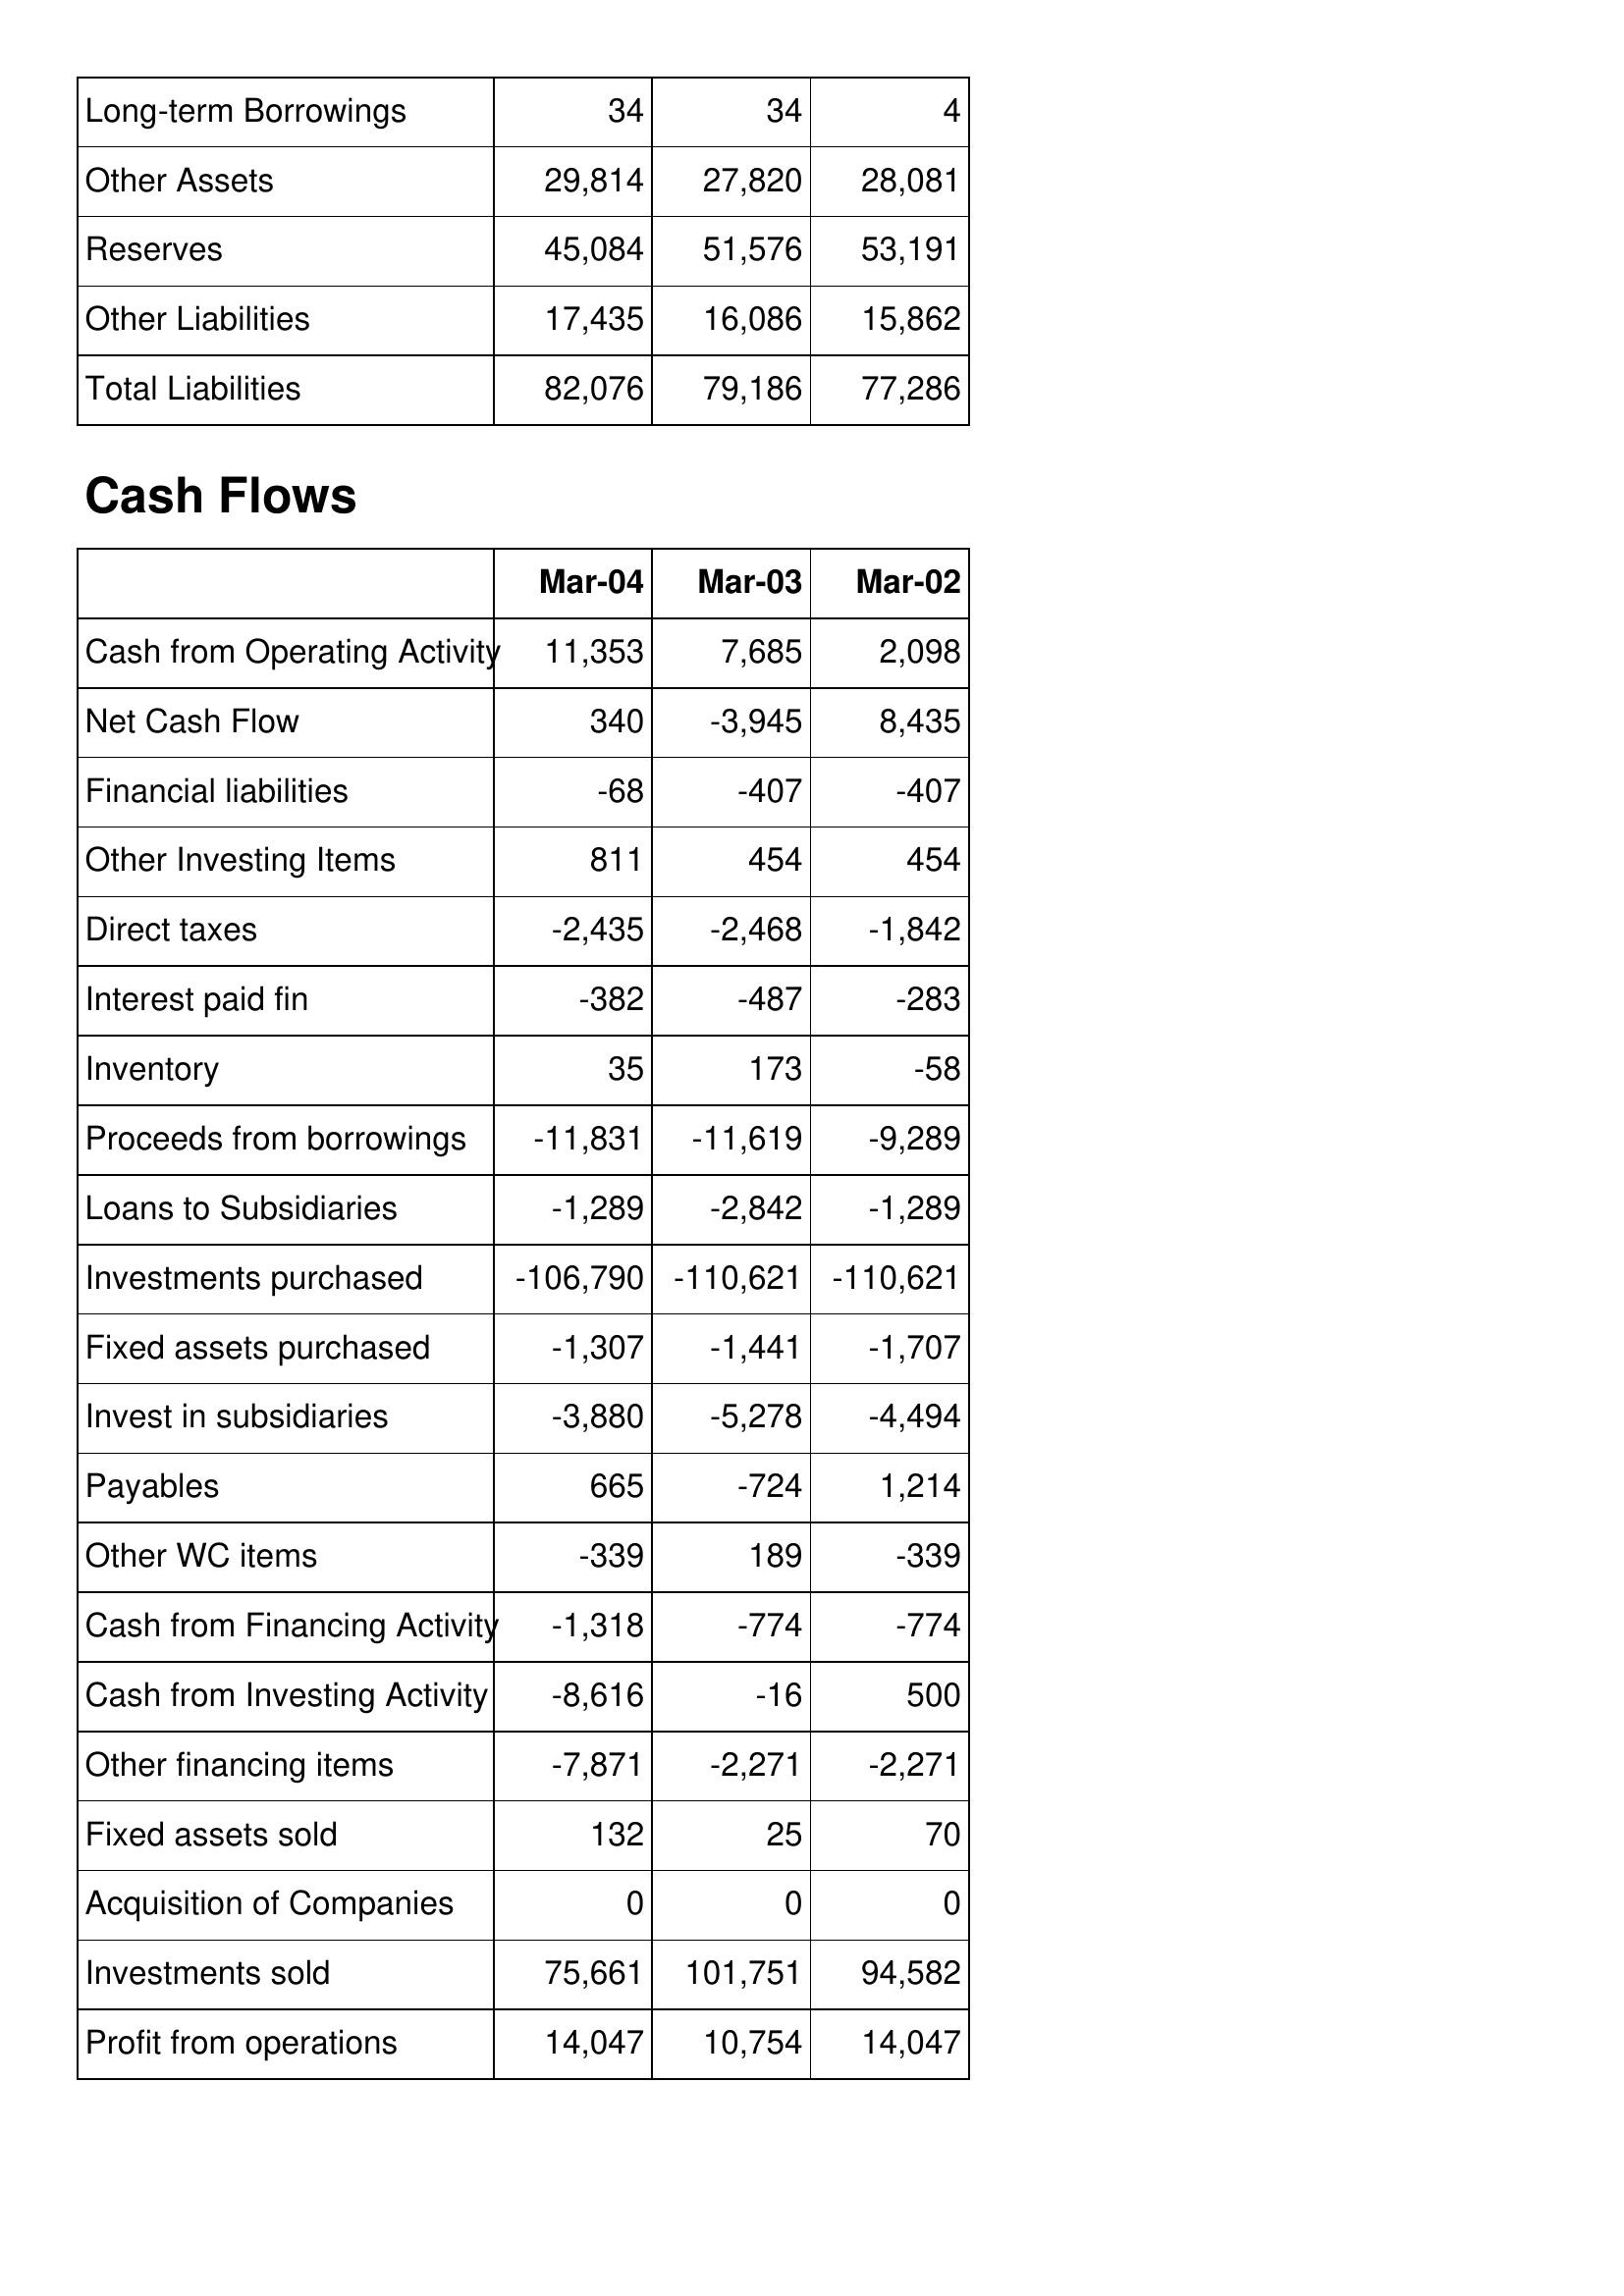
Mar-04: Balance Sheet: Long-term Borrowings: 34
Other Assets: 29,814
Reserves: 45,084
Other Liabilities: 17,435
Total Liabilities: 82,076
Cash Flows: Cash from Operating Activity: 11,353
Net Cash Flow: 340
Financial liabilities: -68
Other Investing Items: 811
Direct taxes: -2,435
Interest paid fin: -382
Inventory: 35
Proceeds from borrowings: -11,831
Loans to Subsidiaries: -1,289
Investments purchased: -106,790
Fixed assets purchased: -1,307
Invest in subsidiaries: -3,880
Payables: 665
Other WC items: -339
Cash from Financing Activity: -1,318
Cash from Investing Activity: -8,616
Other financing items: -7,871
Fixed assets sold: 132
Acquisition of Companies: 0
Investments sold: 75,661
Profit from operations: 14,047
Mar-03: Balance Sheet: Long-term Borrowings: 34
Other Assets: 27,820
Reserves: 51,576
Other Liabilities: 16,086
Total Liabilities: 79,186
Cash Flows: Cash from Operating Activity: 7,685
Net Cash Flow: -3,945
Financial liabilities: -407
Other Investing Items: 454
Direct taxes: -2,468
Interest paid fin: -487
Inventory: 173
Proceeds from borrowings: -11,619
Loans to Subsidiaries: -2,842
Investments purchased: -110,621
Fixed assets purchased: -1,441
Invest in subsidiaries: -5,278
Payables: -724
Other WC items: 189
Cash from Financing Activity: -774
Cash from Investing Activity: -16
Other financing items: -2,271
Fixed assets sold: 25
Acquisition of Companies: 0
Investments sold: 101,751
Profit from operations: 10,754
Mar-02: Balance Sheet: Long-term Borrowings: 4
Other Assets: 28,081
Reserves: 53,191
Other Liabilities: 15,862
Total Liabilities: 77,286
Cash Flows: Cash from Operating Activity: 2,098
Net Cash Flow: 8,435
Financial liabilities: -407
Other Investing Items: 454
Direct taxes: -1,842
Interest paid fin: -283
Inventory: -58
Proceeds from borrowings: -9,289
Loans to Subsidiaries: -1,289
Investments purchased: -110,621
Fixed assets purchased: -1,707
Invest in subsidiaries: -4,494
Payables: 1,214
Other WC items: -339
Cash from Financing Activity: -774
Cash from Investing Activity: 500
Other financing items: -2,271
Fixed assets sold: 70
Acquisition of Companies: 0
Investments sold: 94,582
Profit from operations: 14,047